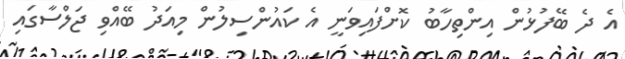
އެ ދެ ބޭފުޅުން އިންތިހާބު ކޮށްފައިވަނީ އެ ކައުންސިލުން މިއަދު ބޭއްވި ޖަލްސާގައި